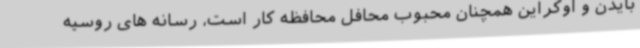
بایدن و اوکراین همچنان محبوب محافل محافظه کار است، رسانه های روسیه